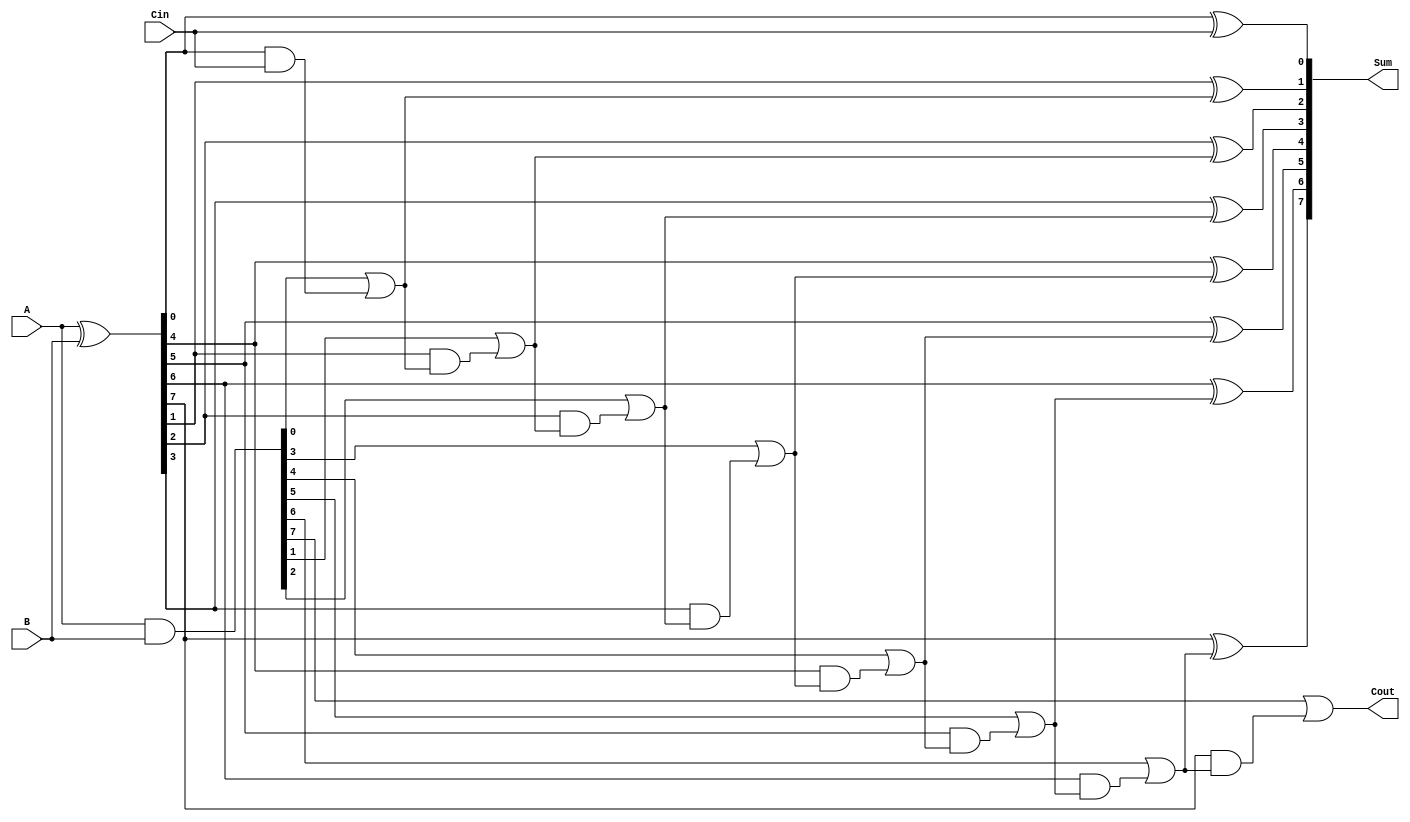
module PrecomputationCarryAdder #(parameter N = 8) (
    input  [N-1:0] A,        // First operand
    input  [N-1:0] B,        // Second operand
    input          Cin,       // Carry-in
    output [N-1:0] Sum,       // Sum output
    output         Cout       // Carry-out output
);

// Carry, Generate and Propagate signals
wire [N-1:0] G; // Generate
wire [N-1:0] P; // Propagate
wire [N:0] C;   // Carry; C[0] is Cin

// Generate and Propagate logic
assign G = A & B;                   // G[i] = A[i] AND B[i]
assign P = A ^ B;                   // P[i] = A[i] XOR B[i]

// Carry generation
assign C[0] = Cin;                  // Initial carry input
genvar i;
generate
    for (i = 0; i < N; i = i + 1) begin: carry_gen
        if (i == 0) begin
            // For the least significant bit (LSB)
            assign C[i+1] = G[i] | (P[i] & C[i]);
        end else begin
            // For subsequent bits
            assign C[i+1] = G[i] | (P[i] & C[i]);
        end
    end
endgenerate

// Sum calculation using precomputed carries
generate
    for (i = 0; i < N; i = i + 1) begin: sum_calc
        if (i == 0) begin
            assign Sum[i] = P[i] ^ C[i]; // Sum[0] = A[0] XOR B[0] XOR Cout[0]
        end else begin
            assign Sum[i] = P[i] ^ C[i]; // Sum[i] = A[i] XOR B[i] XOR Cout[i-1]
        end
    end
endgenerate

// Carry out output
assign Cout = C[N]; // Final carry out from the last carry line

endmodule